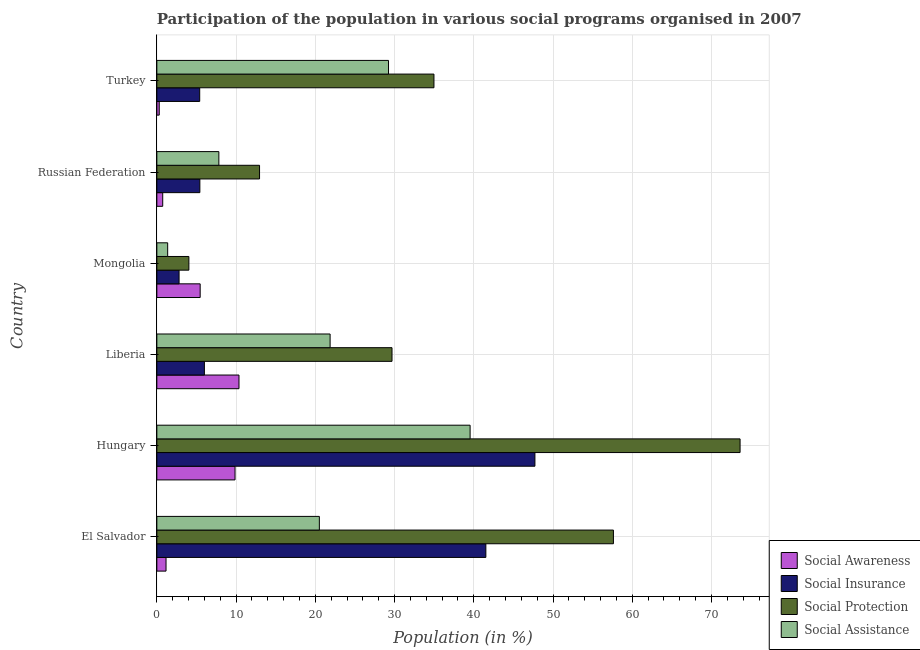
| Country | Social Awareness | Social Insurance | Social Protection | Social Assistance |
 | --- | --- | --- | --- | --- |
 | El Salvador | 1.16 | 41.5 | 57.6 | 20.5 |
 | Hungary | 9.87 | 47.7 | 73.6 | 39.5 |
 | Liberia | 10.4 | 6 | 29.7 | 21.9 |
 | Mongolia | 5.47 | 2.8 | 4.04 | 1.37 |
 | Russian Federation | 0.74 | 5.43 | 13 | 7.83 |
 | Turkey | 0.301 | 5.41 | 35 | 29.2 |